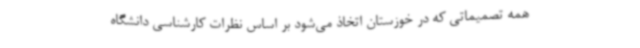
همه تصمیماتی که در خوزستان اتخاذ می‌شود بر اساس نظرات کارشناسی دانشگاه